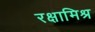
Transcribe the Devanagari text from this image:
रक्षामिश्र